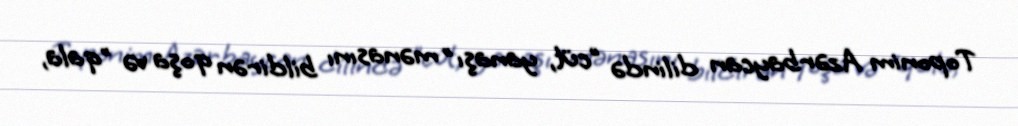
Toponim Azərbaycan dilində "cüt, yanaşı" mənasını bildirən qoşa və "qala,